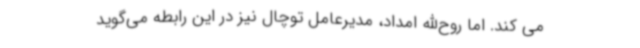
می کند. اما روح‌الله امداد، مدیرعامل توچال نیز در این رابطه می‌گوید